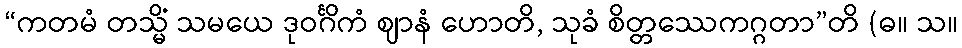
“ကတမံ တသ္မိံ သမယေ ဒုဝင်္ဂိကံ ဈာနံ ဟောတိ, သုခံ စိတ္တဿေကဂ္ဂတာ”တိ (ဓ။ သ။